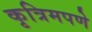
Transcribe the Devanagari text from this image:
कृत्रिमपणे